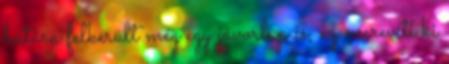
hátára felkerült még egy jávorlap is, ez merevíti ki